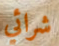
شرائي